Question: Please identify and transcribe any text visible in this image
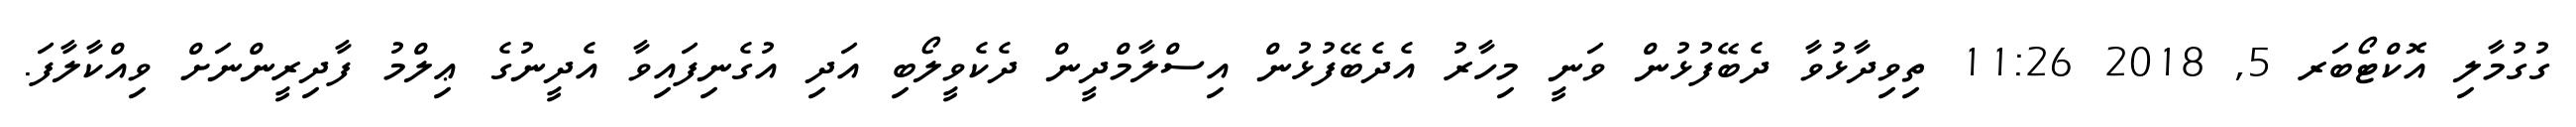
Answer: ގުގުމާލި އޮކްޓޯބަރ 5, 2018 11:26 ތިވިދާޅުވާ ދެބޭފުޅުން ވަނީ މިހާރު އެދެބޭފުޅުން އިސްލާމްދީން ދެކެވީލޯބި އަދި އުގެނިފައިވާ އެދީނުގެ ޢިލްމު ފާދިރީންނަށް ވިއްކާލާފަ.